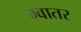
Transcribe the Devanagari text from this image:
ग्वातर